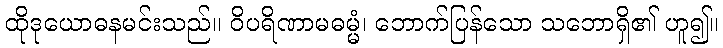
ထိုဒုယောဓနမင်းသည်။ ဝိပရိဏာမဓမ္မံ၊ ဘောက်ပြန်သော သဘောရှိ၏ ဟူ၍။